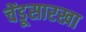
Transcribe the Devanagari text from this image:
चेंडूसारखा